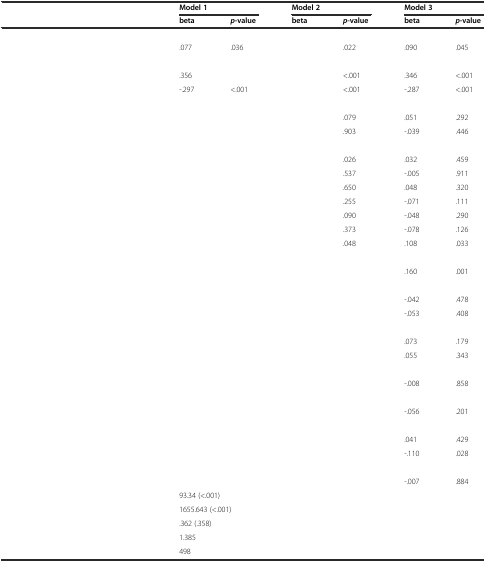
<table><thead><tr><td>[EMPTY_CELL]</td><td colspan="2"><b>Model 1</b></td><td colspan="2"><b>Model 2</b></td><td colspan="2"><b>Model 3</b></td></tr><tr><td>[EMPTY_CELL]</td><td><b>beta</b></td><td><b><i>p</i>-value</b></td><td><b>beta</b></td><td><b><i>p</i>-value</b></td><td><b>beta</b></td><td><b><i>p</i>-value</b></td></tr></thead><tbody><tr><td>[EMPTY_CELL]</td><td>[EMPTY_CELL]</td><td>[EMPTY_CELL]</td><td>[EMPTY_CELL]</td><td>[EMPTY_CELL]</td><td>[EMPTY_CELL]</td><td>[EMPTY_CELL]</td></tr><tr><td>[EMPTY_CELL]</td><td>.077</td><td>.036</td><td>[EMPTY_CELL]</td><td>.022</td><td>.090</td><td>.045</td></tr><tr><td>[EMPTY_CELL]</td><td>[EMPTY_CELL]</td><td>[EMPTY_CELL]</td><td>[EMPTY_CELL]</td><td>[EMPTY_CELL]</td><td>[EMPTY_CELL]</td><td>[EMPTY_CELL]</td></tr><tr><td>[EMPTY_CELL]</td><td>.356</td><td>[EMPTY_CELL]</td><td>[EMPTY_CELL]</td><td>&lt;.001</td><td>.346</td><td>&lt;.001</td></tr><tr><td>[EMPTY_CELL]</td><td>-.297</td><td>&lt;.001</td><td>[EMPTY_CELL]</td><td>&lt;.001</td><td>-.287</td><td>&lt;.001</td></tr><tr><td>[EMPTY_CELL]</td><td>[EMPTY_CELL]</td><td>[EMPTY_CELL]</td><td>[EMPTY_CELL]</td><td>[EMPTY_CELL]</td><td>[EMPTY_CELL]</td><td>[EMPTY_CELL]</td></tr><tr><td>[EMPTY_CELL]</td><td>[EMPTY_CELL]</td><td>[EMPTY_CELL]</td><td>[EMPTY_CELL]</td><td>.079</td><td>.051</td><td>.292</td></tr><tr><td>[EMPTY_CELL]</td><td>[EMPTY_CELL]</td><td>[EMPTY_CELL]</td><td>[EMPTY_CELL]</td><td>.903</td><td>-.039</td><td>.446</td></tr><tr><td>[EMPTY_CELL]</td><td>[EMPTY_CELL]</td><td>[EMPTY_CELL]</td><td>[EMPTY_CELL]</td><td>[EMPTY_CELL]</td><td>[EMPTY_CELL]</td><td>[EMPTY_CELL]</td></tr><tr><td>[EMPTY_CELL]</td><td>[EMPTY_CELL]</td><td>[EMPTY_CELL]</td><td>[EMPTY_CELL]</td><td>.026</td><td>.032</td><td>.459</td></tr><tr><td>[EMPTY_CELL]</td><td>[EMPTY_CELL]</td><td>[EMPTY_CELL]</td><td>[EMPTY_CELL]</td><td>.537</td><td>-.005</td><td>.911</td></tr><tr><td>[EMPTY_CELL]</td><td>[EMPTY_CELL]</td><td>[EMPTY_CELL]</td><td>[EMPTY_CELL]</td><td>.650</td><td>.048</td><td>.320</td></tr><tr><td>[EMPTY_CELL]</td><td>[EMPTY_CELL]</td><td>[EMPTY_CELL]</td><td>[EMPTY_CELL]</td><td>.255</td><td>-.071</td><td>.111</td></tr><tr><td>[EMPTY_CELL]</td><td>[EMPTY_CELL]</td><td>[EMPTY_CELL]</td><td>[EMPTY_CELL]</td><td>.090</td><td>-.048</td><td>.290</td></tr><tr><td>[EMPTY_CELL]</td><td>[EMPTY_CELL]</td><td>[EMPTY_CELL]</td><td>[EMPTY_CELL]</td><td>.373</td><td>-.078</td><td>.126</td></tr><tr><td>[EMPTY_CELL]</td><td>[EMPTY_CELL]</td><td>[EMPTY_CELL]</td><td>[EMPTY_CELL]</td><td>.048</td><td>.108</td><td>.033</td></tr><tr><td>[EMPTY_CELL]</td><td>[EMPTY_CELL]</td><td>[EMPTY_CELL]</td><td>[EMPTY_CELL]</td><td>[EMPTY_CELL]</td><td>[EMPTY_CELL]</td><td>[EMPTY_CELL]</td></tr><tr><td>[EMPTY_CELL]</td><td>[EMPTY_CELL]</td><td>[EMPTY_CELL]</td><td>[EMPTY_CELL]</td><td>[EMPTY_CELL]</td><td>.160</td><td>.001</td></tr><tr><td>[EMPTY_CELL]</td><td>[EMPTY_CELL]</td><td>[EMPTY_CELL]</td><td>[EMPTY_CELL]</td><td>[EMPTY_CELL]</td><td>[EMPTY_CELL]</td><td>[EMPTY_CELL]</td></tr><tr><td>[EMPTY_CELL]</td><td>[EMPTY_CELL]</td><td>[EMPTY_CELL]</td><td>[EMPTY_CELL]</td><td>[EMPTY_CELL]</td><td>-.042</td><td>.478</td></tr><tr><td>[EMPTY_CELL]</td><td>[EMPTY_CELL]</td><td>[EMPTY_CELL]</td><td>[EMPTY_CELL]</td><td>[EMPTY_CELL]</td><td>-.053</td><td>.408</td></tr><tr><td>[EMPTY_CELL]</td><td>[EMPTY_CELL]</td><td>[EMPTY_CELL]</td><td>[EMPTY_CELL]</td><td>[EMPTY_CELL]</td><td>[EMPTY_CELL]</td><td>[EMPTY_CELL]</td></tr><tr><td>[EMPTY_CELL]</td><td>[EMPTY_CELL]</td><td>[EMPTY_CELL]</td><td>[EMPTY_CELL]</td><td>[EMPTY_CELL]</td><td>.073</td><td>.179</td></tr><tr><td>[EMPTY_CELL]</td><td>[EMPTY_CELL]</td><td>[EMPTY_CELL]</td><td>[EMPTY_CELL]</td><td>[EMPTY_CELL]</td><td>.055</td><td>.343</td></tr><tr><td>[EMPTY_CELL]</td><td>[EMPTY_CELL]</td><td>[EMPTY_CELL]</td><td>[EMPTY_CELL]</td><td>[EMPTY_CELL]</td><td>[EMPTY_CELL]</td><td>[EMPTY_CELL]</td></tr><tr><td>[EMPTY_CELL]</td><td>[EMPTY_CELL]</td><td>[EMPTY_CELL]</td><td>[EMPTY_CELL]</td><td>[EMPTY_CELL]</td><td>-.008</td><td>.858</td></tr><tr><td>[EMPTY_CELL]</td><td>[EMPTY_CELL]</td><td>[EMPTY_CELL]</td><td>[EMPTY_CELL]</td><td>[EMPTY_CELL]</td><td>[EMPTY_CELL]</td><td>[EMPTY_CELL]</td></tr><tr><td>[EMPTY_CELL]</td><td>[EMPTY_CELL]</td><td>[EMPTY_CELL]</td><td>[EMPTY_CELL]</td><td>[EMPTY_CELL]</td><td>-.056</td><td>.201</td></tr><tr><td>[EMPTY_CELL]</td><td>[EMPTY_CELL]</td><td>[EMPTY_CELL]</td><td>[EMPTY_CELL]</td><td>[EMPTY_CELL]</td><td>[EMPTY_CELL]</td><td>[EMPTY_CELL]</td></tr><tr><td>[EMPTY_CELL]</td><td>[EMPTY_CELL]</td><td>[EMPTY_CELL]</td><td>[EMPTY_CELL]</td><td>[EMPTY_CELL]</td><td>.041</td><td>.429</td></tr><tr><td>[EMPTY_CELL]</td><td>[EMPTY_CELL]</td><td>[EMPTY_CELL]</td><td>[EMPTY_CELL]</td><td>[EMPTY_CELL]</td><td>-.110</td><td>.028</td></tr><tr><td>[EMPTY_CELL]</td><td>[EMPTY_CELL]</td><td>[EMPTY_CELL]</td><td>[EMPTY_CELL]</td><td>[EMPTY_CELL]</td><td>[EMPTY_CELL]</td><td>[EMPTY_CELL]</td></tr><tr><td>[EMPTY_CELL]</td><td>[EMPTY_CELL]</td><td>[EMPTY_CELL]</td><td>[EMPTY_CELL]</td><td>[EMPTY_CELL]</td><td>-.007</td><td>.884</td></tr><tr><td>[EMPTY_CELL]</td><td colspan="2">93.34 (&lt;.001)</td><td colspan="2">[EMPTY_CELL]</td><td colspan="2">[EMPTY_CELL]</td></tr><tr><td>[EMPTY_CELL]</td><td colspan="2">1655.643 (&lt;.001)</td><td colspan="2">[EMPTY_CELL]</td><td colspan="2">[EMPTY_CELL]</td></tr><tr><td>[EMPTY_CELL]</td><td colspan="2">.362 (.358)</td><td colspan="2">[EMPTY_CELL]</td><td colspan="2">[EMPTY_CELL]</td></tr><tr><td>[EMPTY_CELL]</td><td colspan="2">1.385</td><td colspan="2">[EMPTY_CELL]</td><td colspan="2">[EMPTY_CELL]</td></tr><tr><td>[EMPTY_CELL]</td><td colspan="2">498</td><td colspan="2">[EMPTY_CELL]</td><td colspan="2">[EMPTY_CELL]</td></tr></tbody></table>